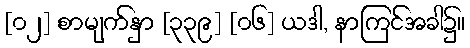
[၀၂] စာမျက်နှာ [၃၃၉] [၀၆] ယဒါ, နာကြင်အခါ၌။